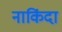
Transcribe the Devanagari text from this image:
नाकिंदा